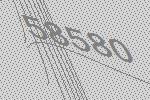
58580